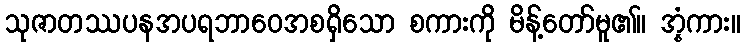
သုဇာတဿပနအပရဘာဝေအစရှိသော စကားကို မိန့်တော်မူ၏။ အ္နံကား။